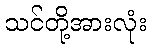
သင်တို့အားလုံး